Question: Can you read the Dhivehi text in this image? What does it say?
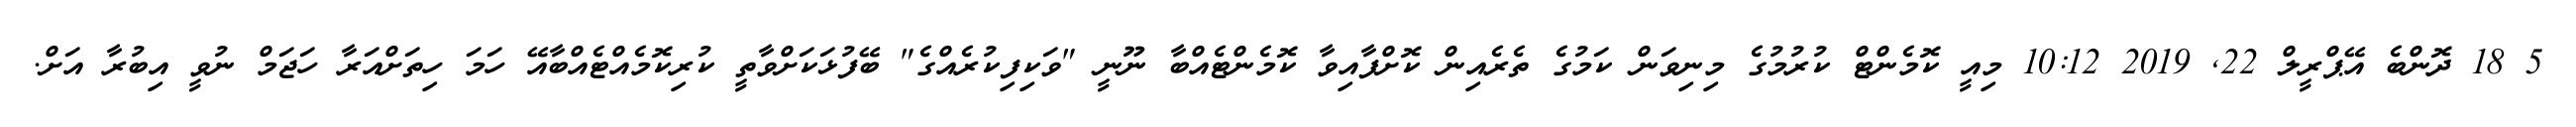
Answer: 5 18 ދޮންބެ އޭޕްރީލް 22, 2019 10:12 މިއީ ކޮމެންޓް ކުރުމުގެ މިނިވަން ކަމުގެ ތެރެއިން ކޮށްފާއިވާ ކޮމެންޓެއްބާ ނޫނީ "ވަކިފިކުރެއްގެ" ބޭފުޅަކަށްވާތީ ކުރިކޮމެއްޓެއްބާއޭ ހަމަ ހިތަށްއަރާ ހަޖަމް ނުވީ އިބުރާ އަށް.